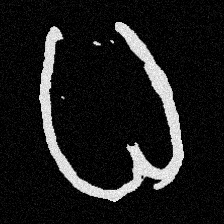
Pyu character \u2014 Myanmar letter: ဓ (romanized: dha)